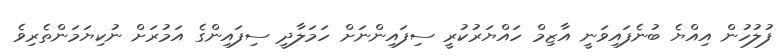
ފުލުހުން އިއްޔެ ބުނެފައިވަނީ އާޒިމް ހައްޔަރުކުރީ ސިފައިންނަށް ހަމަލާދީ ސިފައިންގެ އަމުރަށް ނުކިޔަމަންތެރިވެ